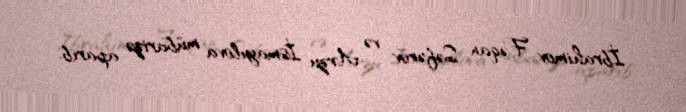
İbrahimov, Fəqan Səfərov və Arzu İsmayılova mübarizə aparıb.